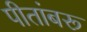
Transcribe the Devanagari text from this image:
पीतांबरू